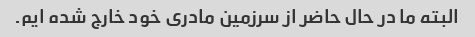
البته ما در حال حاضر از سرزمین مادری خود خارج شده ایم.